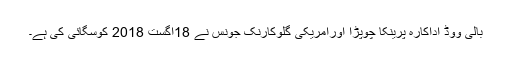
بالی ووڈ اداکارہ پرینکا چوپڑا اورامریکی گلوکارنک جونس نے 18اگست 2018 کوسگائی کی ہے۔